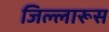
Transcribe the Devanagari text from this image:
जिल्लारूस